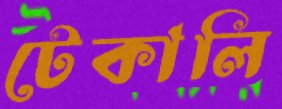
টেকালি